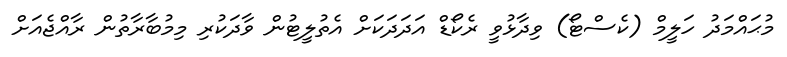
މުޙައްމަދު ހަލީމް (ކެސްޓޯ) ވިދާޅުވީ ރެކޯޑް އަދަދަކަށް އެތުލީޓުން ވާދަކުރި މިމުބާރާތުން ރާއްޖެއަށް